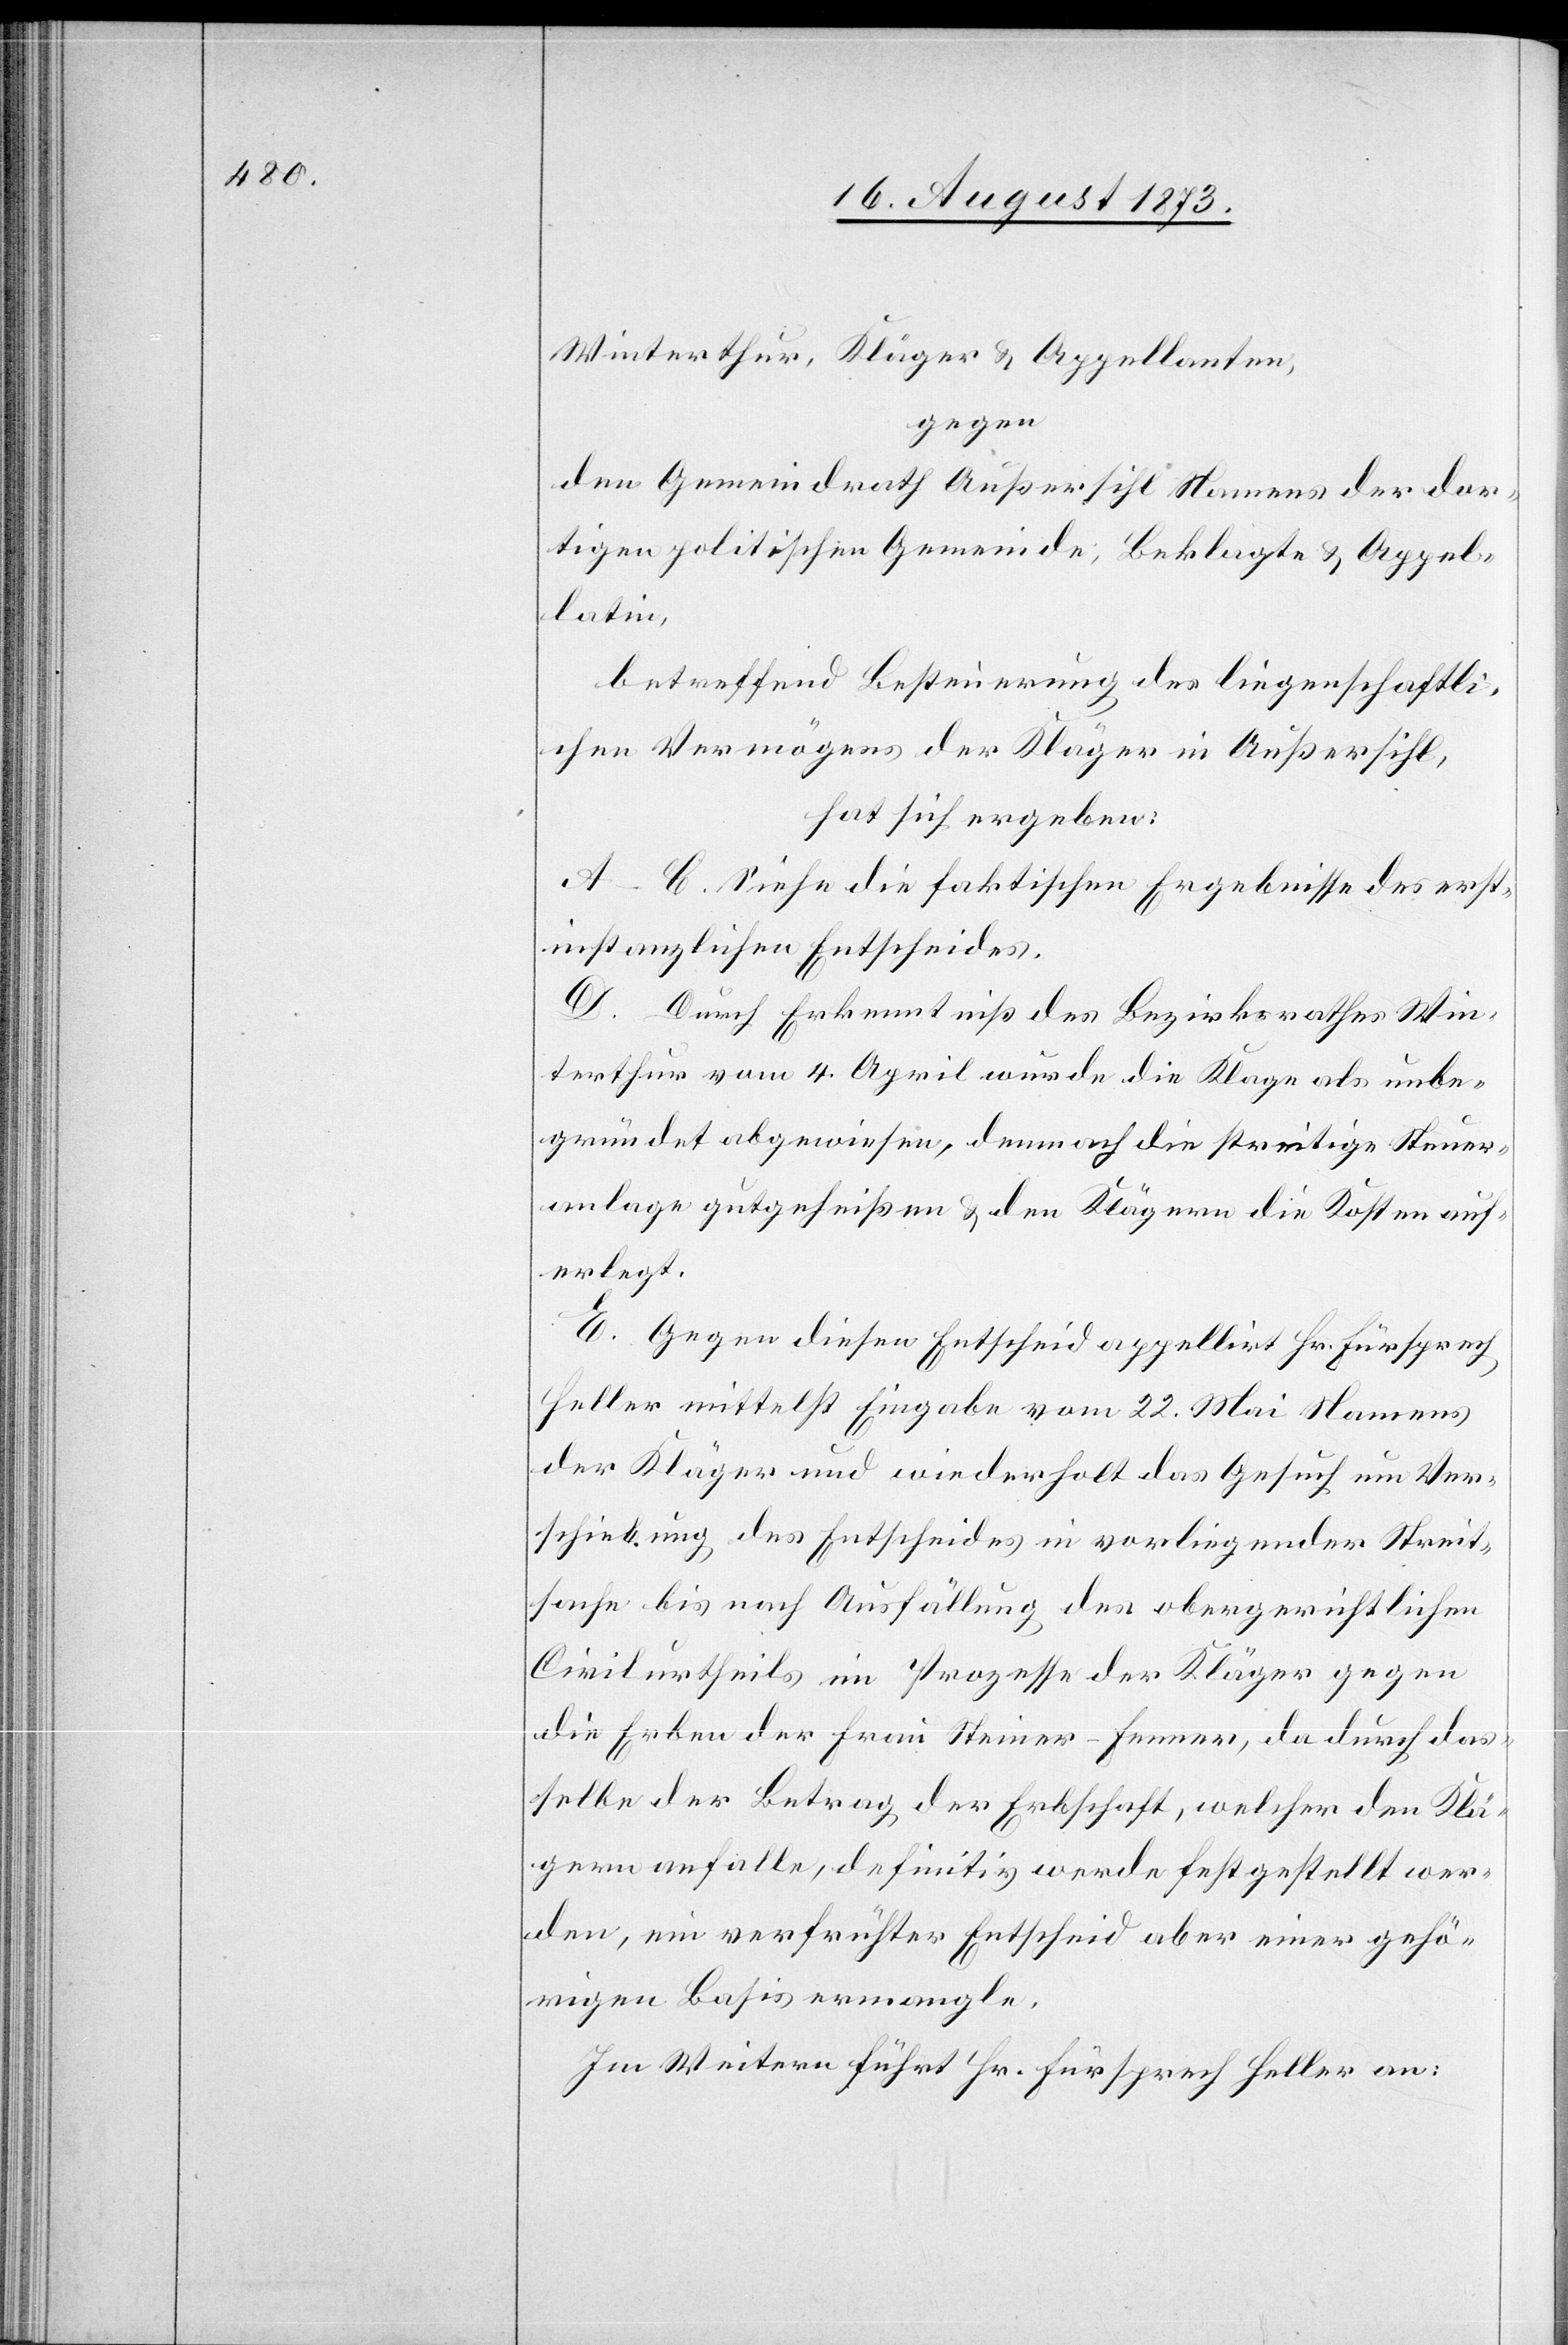
Winterthur, Kläger & Appellanten,
gegen
den Gemeindrath Außersihl Namens der dor¬
tigen politischen Gemeinde, Beklagte & Appel¬
latin,
betreffend Besteuerung des liegenschaftli¬
chen Vermögens der Kläger in Außersihl,
hat sich ergeben:
A–C. Siehe die faktischen Ergebnisse des erst¬
instanzlichen Entscheides.
D. Durch Erkenntniß des Bezirksrathes Win¬
terthur vom 4. April wurde die Klage als unbe¬
gründet abgewiesen, demnach die streitige Steuer¬
anlage gutgeheißen & den Klägern die Kosten auf¬
erlegt.
E. Gegen diesen Entscheid appellirt Hr. Fürsprech
Heller mittelst Eingabe vom 22. Mai Namens
der Kläger und wiederholt das Gesuch um Ver¬
schiebung des Entscheides in vorliegender Streit¬
sache bis nach Ausfällung des obergerichtlichen
Civilurtheils im Prozesse der Kläger gegen
die Erben der Frau Steiner-Fenner, da durch das¬
selbe der Betrag der Erbschaft, welcher den Klä¬
gern anfalle, definitiv werde festgestellt wer¬
den, ein verfrühter Entscheid aber einer gehö¬
rigen Basis ermangle.
Im Weitern führt Hr. Fürsprech Heller an: